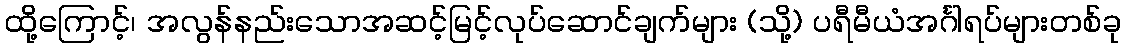
ထို့ကြောင့်၊ အလွန်နည်းသောအဆင့်မြင့်လုပ်ဆောင်ချက်များ (သို့) ပရီမီယံအင်္ဂါရပ်များတစ်ခု